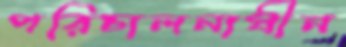
পরিচালনাধীন